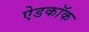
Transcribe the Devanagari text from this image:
ऐडकॉक